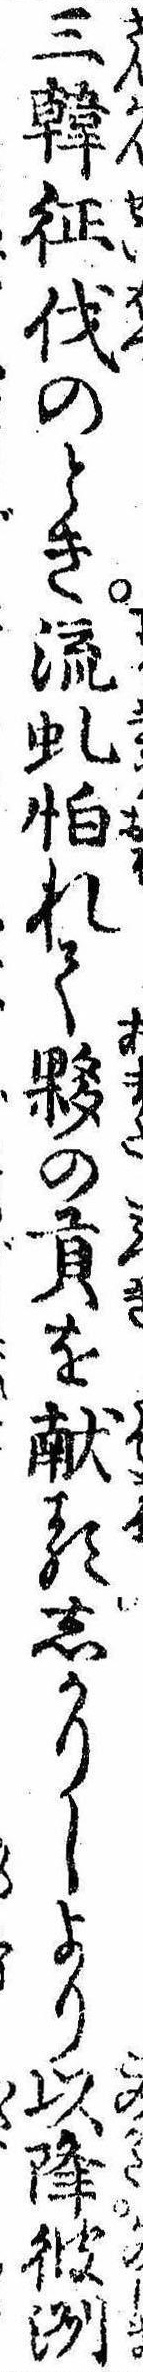
三韓征伐のとき琉虬怕れて夥の貢を献るしかりしより以降彼洲